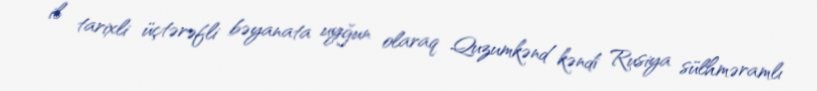
il tarixli üçtərəfli bəyanata uyğun olaraq Quzumkənd kəndi Rusiya sülhməramlı